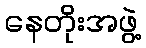
နေတိုးအဖွဲ့